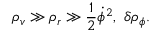
\rho _ { v } \gg \rho _ { r } \gg \frac { 1 } { 2 } { \dot { \phi } } ^ { 2 } , \ \delta \rho _ { \phi } .